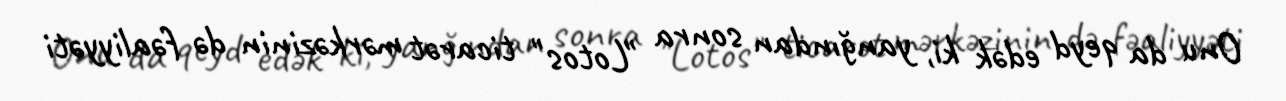
Onu da qeyd edək ki, yanğından sonra "Lotos" ticarət mərkəzinin də fəaliyyəti